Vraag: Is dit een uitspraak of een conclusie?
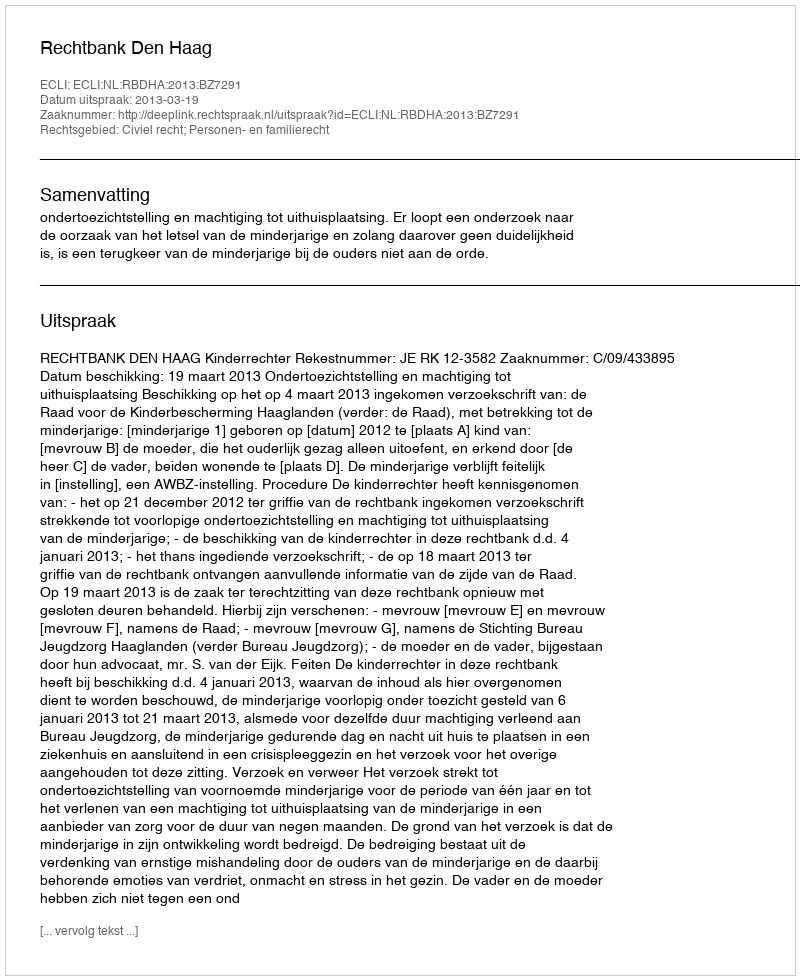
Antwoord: Uitspraak